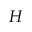
H